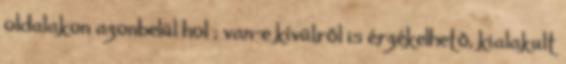
oldalakon azonbelül hol ; van-e kívülről is érzékelhető, kialakult